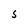
Character: S